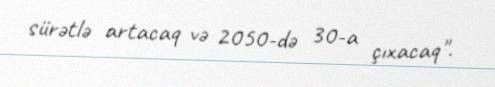
sürətlə artacaq və 2050-də 30-a çıxacaq".